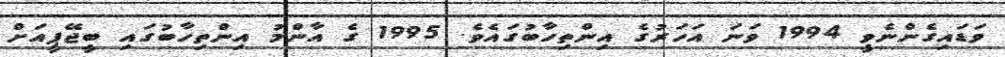
ވަޑައިގެންނެވީ 1994 ވަނަ އަހަރުގެ އިންތިހާބުގައެވެ. 1995 ގެ އާންމު އިންތިހާބުގައި ބީޖޭޕީއަށް